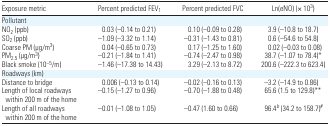
<table><thead><tr><td><b>Exposure metric</b></td><td><b>Percent predicted FEV<sub>1</sub></b></td><td><b>Percent predicted FVC</b></td><td><b>Ln(eNO) (× 10<sup>3</sup>)</b></td></tr></thead><tbody><tr><td colspan="4">Pollutant</td></tr><tr><td>NO<sub>2</sub> (ppb)</td><td>0.03 (−0.14 to 0.21)</td><td>0.10 (−0.09 to 0.28)</td><td>3.9 (−10.8 to 18.7)</td></tr><tr><td>SO<sub>2</sub> (ppb)</td><td>−1.09 (−3.32 to 1.14)</td><td>−0.31 (−1.43 to 0.81)</td><td>0.6 (−54.6 to 54.8)</td></tr><tr><td>Coarse PM (μg/m<sup>3</sup>)</td><td>0.04 (−0.65 to 0.73)</td><td>0.17 (−1.25 to 1.60)</td><td>0.02 (−0.03 to 0.08)</td></tr><tr><td>PM<sub>2.5</sub> (μg/m<sup>3</sup>)</td><td>−0.21 (−1.84 to 1.41)</td><td>−0.74 (−2.47 to 0.98)</td><td>38.7 (−1.07 to 78.4)*</td></tr><tr><td>Black smoke (10<sup>−5</sup>/m)</td><td>−1.46 (−17.38 to 14.43)</td><td>3.29 (−2.13 to 8.72)</td><td>200.6 (−222.3 to 623.4)</td></tr><tr><td colspan="4">Roadways (km)</td></tr><tr><td>Distance to bridge</td><td>0.006 (−0.13 to 0.14)</td><td>−0.02 (−0.16 to 0.13)</td><td>−3.2 (−14.9 to 0.86)</td></tr><tr><td>Length of local roadways within 200 m of the home</td><td>−0.15 (−1.27 to 0.96)</td><td>−0.70 (−1.88 to 0.48)</td><td>65.6 (1.5 to 129.8)**</td></tr><tr><td>Length of all roadways within 200 m of the home</td><td>−0.01 (−1.08 to 1.05)</td><td>−0.47 (1.60 to 0.66)</td><td>96.4b (34.2 to 158.7)#</td></tr></tbody></table>